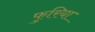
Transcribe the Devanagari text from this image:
फुरिया